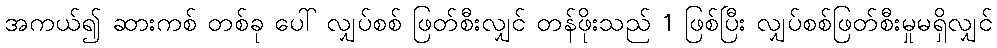
အကယ်၍ ဆားကစ် တစ်ခု ပေါ် လျှပ်စစ် ဖြတ်စီးလျှင် တန်ဖိုးသည် 1 ဖြစ်ပြီး လျှပ်စစ်ဖြတ်စီးမှုမရှိလျှင်